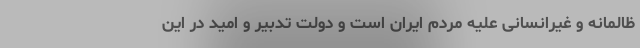
ظالمانه و غیرانسانی علیه مردم ایران است و دولت تدبیر و امید در این